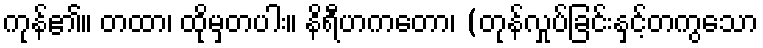
ကုန်၏။ တထာ၊ ထိုမှတပါး။ နိရီဟကတော၊ (တုန်လှုပ်ခြင်းနှင့်တကွသော